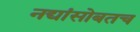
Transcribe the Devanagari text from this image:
नद्यांसोबतच